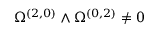
\Omega ^ { ( 2 , 0 ) } \wedge \Omega ^ { ( 0 , 2 ) } \neq 0